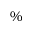
\%